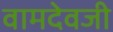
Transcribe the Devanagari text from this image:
वामदेवजी